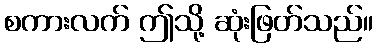
စကားလက် ဤသို့ ဆုံးဖြတ်သည်။